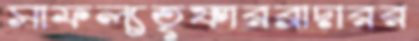
সাফল্যতৃষ্ণারব্রাদারর